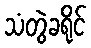
သံတွဲခရိုင်